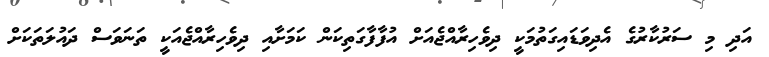
އަދި މި ސަރުކާރުގެ އެދިވަޑައިގަތުމަކީ ދިވެހިރާއްޖެއަށް އުފާފާގަތިކަން ކަމަށާއި ދިވެހިރާއްޖެއަކީ ތަނަވަސް ދައުލަތަކަށް